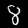
Digit: 8